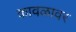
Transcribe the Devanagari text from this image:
कावळावर